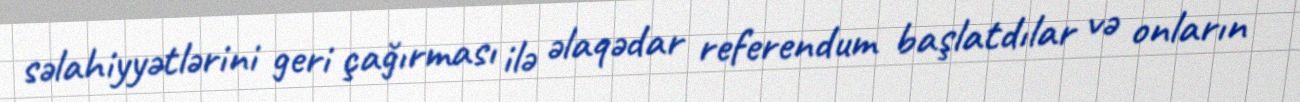
səlahiyyətlərini geri çağırması ilə əlaqədar referendum başlatdılar və onların